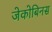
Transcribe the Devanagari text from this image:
जेकोबिनस